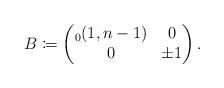
LaTeX: \begin{gather*}B \coloneqq \begin{pmatrix}_0(1,n-1) & 0 \\0 & \pm 1\end{pmatrix} .\end{gather*}